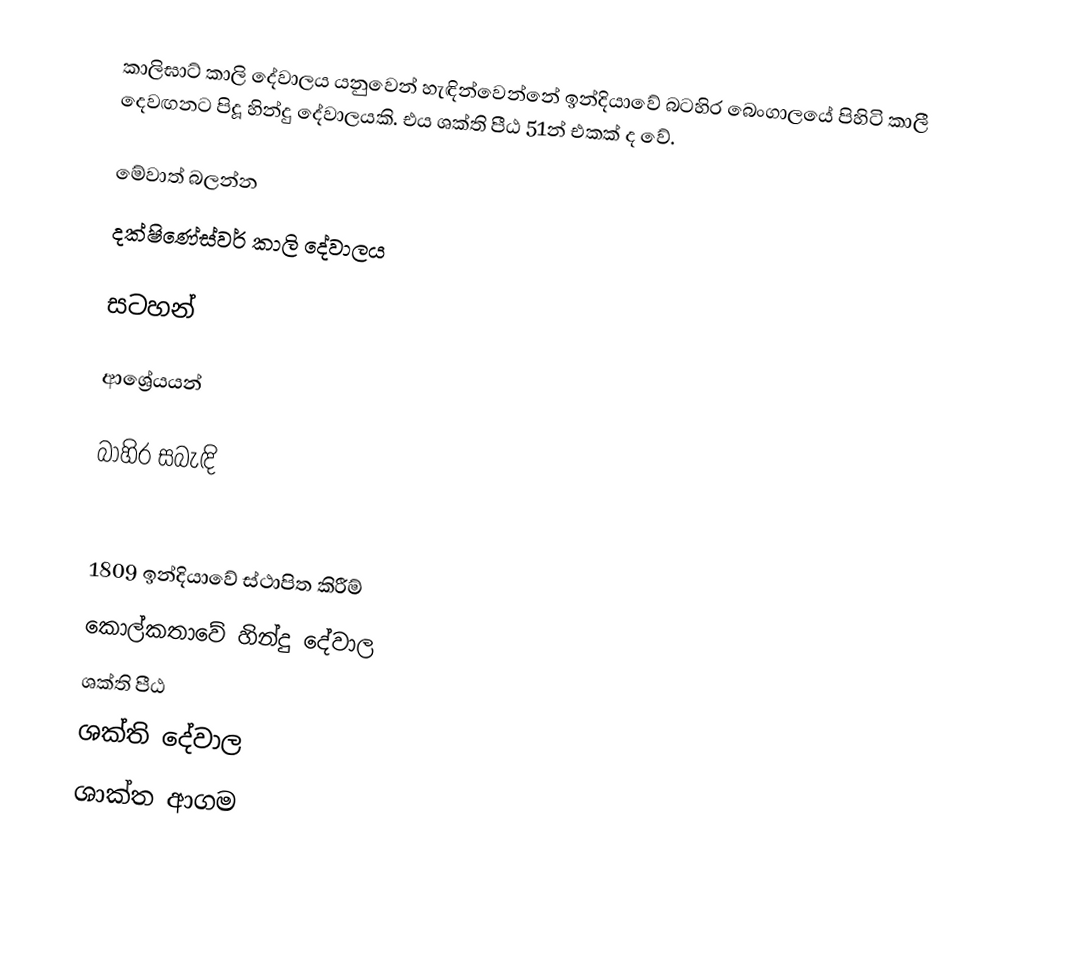
කාලිඝාට් කාලි දේවාලය යනුවෙන් හැඳින්වෙන්නේ ඉන්දියාවේ බටහිර බෙංගාලයේ පිහිටි කාලී දෙවඟනට පිදූ හින්දු දේවාලයකි. එය ශක්ති පීඨ 51න් එකක් ද වේ.

මේවාත් බලන්න
 දක්ෂිණේස්වර් කාලි දේවාලය

සටහන්

ආශ්‍රේයයන්

බාහිර සබැඳි

1809 ඉන්දියාවේ ස්ථාපිත කිරීම්
කොල්කතාවේ හින්දු දේවාල
ශක්ති පීඨ
ශක්ති දේවාල
ශාක්ත ආගම